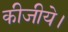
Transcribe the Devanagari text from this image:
कीजीये।